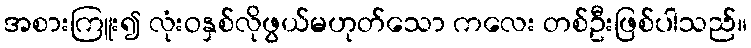
အစားကြူး၍ လုံးဝနှစ်လိုဖွယ်မဟုတ်သော ကလေး တစ်ဦးဖြစ်ပါသည်။